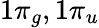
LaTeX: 1\pi_{g},1\pi_{u}